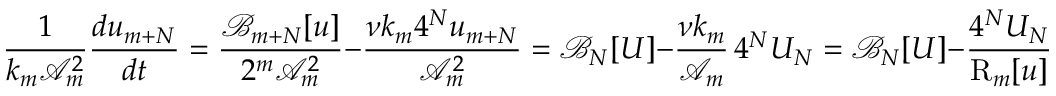
\frac { 1 } { k _ { m } \mathcal { A } _ { m } ^ { 2 } } \frac { d u _ { m + N } } { d t } = \frac { \mathcal { B } _ { m + N } [ u ] } { 2 ^ { m } \mathcal { A } _ { m } ^ { 2 } } - \frac { \nu k _ { m } 4 ^ { N } u _ { m + N } } { \mathcal { A } _ { m } ^ { 2 } } = \mathcal { B } _ { N } [ U ] - \frac { \nu k _ { m } } { \mathcal { A } _ { m } } \, 4 ^ { N } U _ { N } = \mathcal { B } _ { N } [ U ] - \frac { 4 ^ { N } U _ { N } } { \mathrm { R } _ { m } [ u ] } .